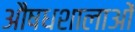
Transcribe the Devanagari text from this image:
औषधशालाओं